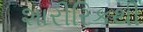
શારીરિકથી